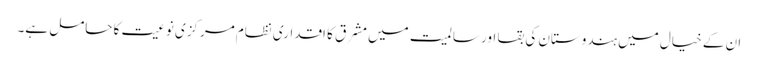
ان کے خیال میں ہندوستان کی بقا اور سالمیت میں مشرق کا اقداری نظام مرکزی نوعیت کا حامل ہے۔